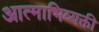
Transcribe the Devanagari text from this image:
आत्माभिव्यक्ती